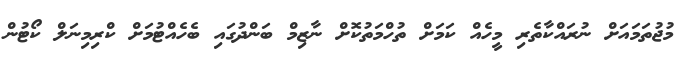
މުޖުތަމައަށް ނުރައްކާތެރި މީހެއް ކަމަށް ތުހްމަތުކޮށް ނާޒިމް ބަންދުގައި ބެހެއްޓުމަށް ކްރިމިނަލް ކޯޓުން